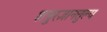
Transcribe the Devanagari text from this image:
शत्रुरज्ञानतुल्य